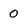
Character: 0